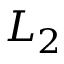
L _ { 2 }